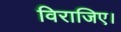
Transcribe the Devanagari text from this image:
विराजिए।